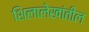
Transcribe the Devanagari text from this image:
शिलालेखांतील